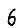
Digit: 6